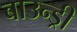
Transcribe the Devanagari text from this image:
बाउन्ड्री